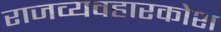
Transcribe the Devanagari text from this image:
राजव्यवहारकोश